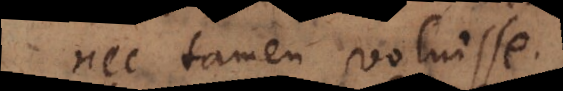
nec tamen voluisse.